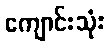
ကျောင်းသုံး